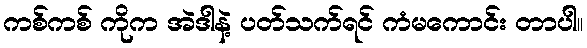
ကစ်ကစ် ကိုက အဲဒါနဲ့ ပတ်သက်ရင် ကံမကောင်း တာပါ။